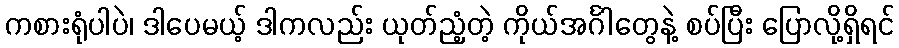
ကစားရုံပါပဲ၊ ဒါပေမယ့် ဒါကလည်း ယုတ်ညံ့တဲ့ ကိုယ်အင်္ဂါတွေနဲ့ စပ်ပြီး ပြောလို့ရှိရင်